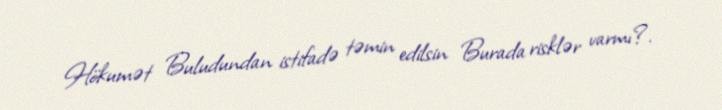
Hökumət Buludundan istifadə təmin edilsin Burada risklər varmı?.